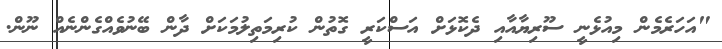
"އަހަރެމެން މިއުޅެނީ ސޫރިޔާއާއި ދެކޮޅަށް އަސްކަރީ ގޮތުން ކުރިމަތިލުމަކަށް ދާން ބޭނުވެއްގެންނެއް ނޫން.